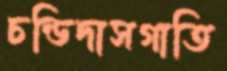
চন্ডিদাসগাতি